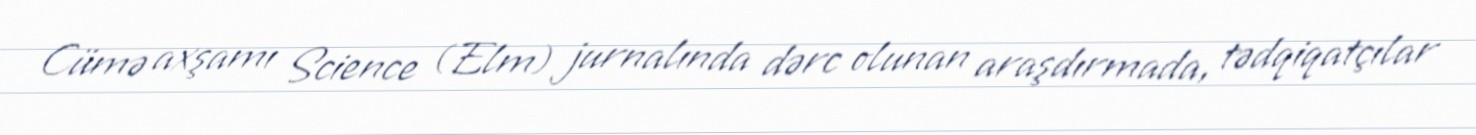
Cümə axşamı Science (Elm) jurnalında dərc olunan araşdırmada, tədqiqatçılar